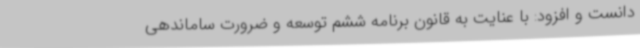
دانست و افزود: با عنایت به قانون برنامه ششم توسعه و ضرورت ساماندهی